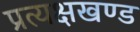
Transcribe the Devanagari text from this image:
प्रत्यक्षखण्ड